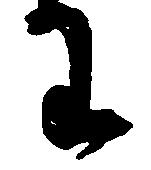
わ